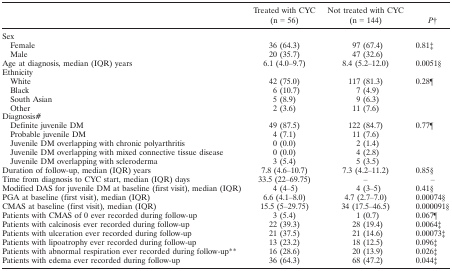
<table><thead><tr><td></td><td><b>Treated with CYC (n = 56)</b></td><td><b>Not treated with CYC (n = 144)</b></td><td><b><i>P</i>b</b></td></tr></thead><tbody><tr><td>Sex</td><td></td><td></td><td></td></tr><tr><td>Female</td><td>36 (64.3)</td><td>97 (67.4)</td><td>0.81c</td></tr><tr><td>Male</td><td>20 (35.7)</td><td>47 (32.6)</td><td></td></tr><tr><td>Age at diagnosis, median (IQR) years</td><td>6.1 (4.0–9.7)</td><td>8.4 (5.2–12.0)</td><td>0.0051d</td></tr><tr><td>Ethnicity</td><td></td><td></td><td></td></tr><tr><td>White</td><td>42 (75.0)</td><td>117 (81.3)</td><td>0.28e</td></tr><tr><td>Black</td><td>6 (10.7)</td><td>7 (4.9)</td><td></td></tr><tr><td>South Asian</td><td>5 (8.9)</td><td>9 (6.3)</td><td></td></tr><tr><td>Other</td><td>2 (3.6)</td><td>11 (7.6)</td><td></td></tr><tr><td>Diagnosisf</td><td></td><td></td><td></td></tr><tr><td>Definite juvenile DM</td><td>49 (87.5)</td><td>122 (84.7)</td><td>0.77e</td></tr><tr><td>Probable juvenile DM</td><td>4 (7.1)</td><td>11 (7.6)</td><td></td></tr><tr><td>Juvenile DM overlapping with chronic polyarthritis</td><td>0 (0.0)</td><td>2 (1.4)</td><td></td></tr><tr><td>Juvenile DM overlapping with mixed connective tissue disease</td><td>0 (0.0)</td><td>4 (2.8)</td><td></td></tr><tr><td>Juvenile DM overlapping with scleroderma</td><td>3 (5.4)</td><td>5 (3.5)</td><td></td></tr><tr><td>Duration of follow‐up, median (IQR) years</td><td>7.8 (4.6–10.7)</td><td>7.3 (4.2–11.2)</td><td>0.85d</td></tr><tr><td>Time from diagnosis to CYC start, median (IQR) days</td><td>33.5 (22–69.75)</td><td>–</td><td>–</td></tr><tr><td>Modified DAS for juvenile DM at baseline (first visit), median (IQR)</td><td>4 (4–5)</td><td>4 (3–5)</td><td>0.41d</td></tr><tr><td>PGA at baseline (first visit), median (IQR)</td><td>6.6 (4.1–8.0)</td><td>4.7 (2.7–7.0)</td><td>0.00074d</td></tr><tr><td>CMAS at baseline (first visit), median (IQR)</td><td>15.5 (5–29.75)</td><td>34 (17.5–46.5)</td><td>0.000091d</td></tr><tr><td>Patients with CMAS of 0 ever recorded during follow‐up</td><td>3 (5.4)</td><td>1 (0.7)</td><td>0.067e</td></tr><tr><td>Patients with calcinosis ever recorded during follow‐up</td><td>22 (39.3)</td><td>28 (19.4)</td><td>0.0064c</td></tr><tr><td>Patients with ulceration ever recorded during follow‐up</td><td>21 (37.5)</td><td>21 (14.6)</td><td>0.00073c</td></tr><tr><td>Patients with lipoatrophy ever recorded during follow‐up</td><td>13 (23.2)</td><td>18 (12.5)</td><td>0.096c</td></tr><tr><td>Patients with abnormal respiration ever recorded during follow‐upg</td><td>16 (28.6)</td><td>20 (13.9)</td><td>0.026c</td></tr><tr><td>Patients with edema ever recorded during follow‐up</td><td>36 (64.3)</td><td>68 (47.2)</td><td>0.044c</td></tr></tbody></table>